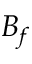
B _ { f }